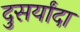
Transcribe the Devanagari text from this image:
दुसर्यांदा